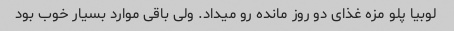
لوبیا پلو مزه غذای دو روز مانده رو میداد. ولی باقی موارد بسیار خوب بود